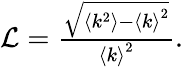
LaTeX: \begin{array}{r}{\mathcal{L}=\frac{\sqrt{\langle k^{2}\rangle-{\langle k\rangle}^{2}}}{{\langle k\rangle}^{2}}.}\end{array}